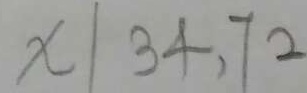
x \vert 3 4 . 7 2